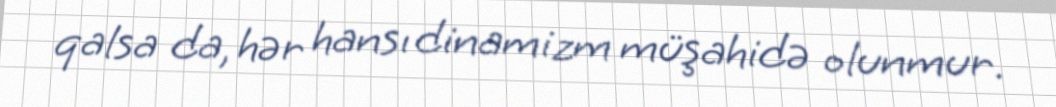
qalsa da, hər hansı dinamizm müşahidə olunmur.